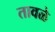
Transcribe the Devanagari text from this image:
तावळे